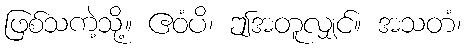
ဖြစ်သကဲ့သို့။ ဧဝံပိ၊ ဤအတူလျှင်။ အသတံ၊